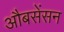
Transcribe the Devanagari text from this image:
औबसेंसन